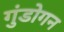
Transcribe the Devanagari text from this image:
गुंडोगन